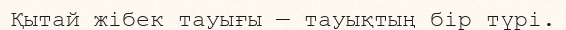
Қытай жібек тауығы — тауықтың бір түрі.